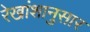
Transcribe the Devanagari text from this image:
रेखांशानुसार